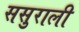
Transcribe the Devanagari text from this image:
ससुराली